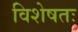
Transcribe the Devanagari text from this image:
विशेषतः